Lunatic asylums Central Provinces reports 1886-1894 - 1886-1894
Year: 1886
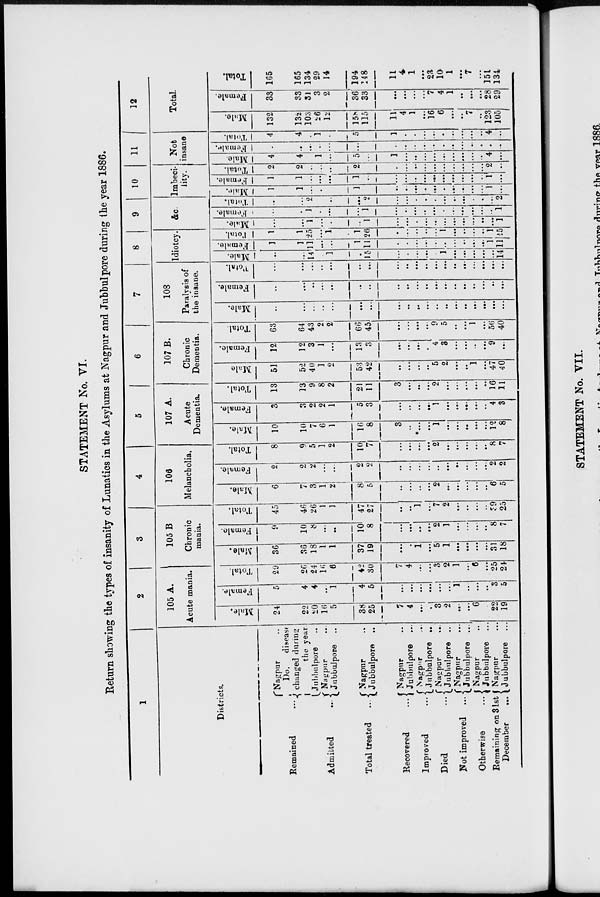
STATEMENT No. VI.
Return showing the types of insanity of Lunatics in the Asylums at Nagpur and Jubbulpore during the year 1886.
1
Districts.
Remained ...
Admitted
...
Total treated ...
Recovered ...
Improved ...
Died ...
Not improved ...
Otherwise ...
Remaining on 31st
December
...
Nagpur ...
Do.
disease
changed during
the year.
Jubbulpore ...
Nagpur ...
Jubbulpore ...
Nagpur ...
Jubbulpore ...
Nagpur ...
Jubbulpore ...
Nagpur ...
Jubbulpore ...
Nagpur ...
Jubbulpore ...
Nagpur ...
Jubbulpore ...
Nagpur ...
Jubbulpore ...
Nagpur ...
Jubbulpore ...
2
105 A.
Acute mania.
Male.
24
22
20
16
5
38
25
7
4
...
...
3
2
...
...
6
...
22
19
Female.
5
4
4
...
1
4
5
...
...
...
...
...
...
1
...
...
...
3
5
Total.
29
26
24
16
6
42
30
7
4
...
...
3
2
1
...
6
...
25
24
3
105 B
Chronic
mania.
Male.
36
36
18
1
1
37
19
...
...
1
...
5
1
...
...
...
...
31
18
Female.
9
10
8
...
...
10
8
...
...
...
...
2
1
...
...
...
...
8
7
Total.
45
46
26
1
1
47
27
...
...
1
...
7
2
...
...
...
...
39
25
4
106
Melancholia.
Male.
6
7
3
1
2
8
5
...
...
...
...
2
...
...
...
...
...
6
5
Female.
2
2
2
...
...
2
2
...
...
...
...
...
...
...
...
...
...
2
2
Total.
8
9
5
1
2
10
7
...
...
...
2
...
...
...
...
...
8
7
5
107 A.
Acute
Dementia.
Male.
10
10
7
6
1
16
8
3
...
...
...
1
...
...
...
...
...
12
8
Female.
3
3
2
2
1
5
3
...
...
...
...
1
...
...
...
...
...
4
3
Total.
13
13
9
8
2
21
11
3
...
...
...
2
...
...
...
...
....
16
11
6
107 B.
Chronic
Dementia.
Male
51
52
40
1
2
53
42
...
...
...
...
5
2
...
...
1
...
47
40
Female.
12
12
3
1
...
13
3
...
...
...
...
4
3
...
...
...
...
9
...
Total.
63
64
43
2
2
66
45
...
...
...
...
9
5
...
...
1
...
56
40
7
108
Paralysis of
the insane.
Male.
....
...
...
...
...
...
...
...
...
...
...
...
...
...
...
...
...
...
...
Female.
...
...
...
...
...
...
...
...
...
...
...
...
...
...
...
...
...
...
...
Total.
...
...
...
....
...
...
...
...
...
...
...
...
...
...
...
...
...
...
...
8
Idiotcy.
Male.
...
...
14
...
1
...
15
...
...
...
...
...
1
...
...
...
...
...
14
Female.
1
1
11
...
...
1
11
...
...
...
...
...
...
...
...
...
...
1
11
Total.
1
1
25
...
1
1
26
...
...
...
...
...
1
...
...
...
...
1
25
9
&c.
Male.
...
...
1
...
...
...
1
...
...
...
...
...
...
...
...
...
...
...
1
Female.
...
...
1
...
...
...
1
...
....
...
...
...
...
...
...
...
...
...
1
Total.
...
...
2
...
...
...
2
...
...
...
...
...
...
...
...
...
...
...
2
10
Imbeci-
lity.
Male.
1
1
...
...
...
1
...
...
...
...
...
...
...
...
...
...
...
1
...
Female.
1
1
...
...
...
1
...
...
...
...
...
...
...
...
...
...
...
1
...
Total.
2
2
...
...
2
...
...
...
...
...
...
...
...
...
...
...
2
...
11
Not
insane
Male.
4
4
...
1
...
5
...
1
...
...
...
...
...
...
...
...
...
4
...
Female.
...
...
...
...
...
...
...
...
...
....
...
...
...
...
...
...
...
...
...
Total.
4
4
...
1
...
5
...
1
...
...
...
...
...
...
...
...
...
4
...
12
Total.
Male.
132
132
103
26
12
158
115
11
4
1
...
16
6
...
...
7
...
123
105
Female.
33
33
31
3
2
36
33
...
...
...
...
7
4
1
...
...
...
28
29
Total.
165
165
134
29
14
194
148
11
4
1
...
23
10
1
...
7
...
151
134